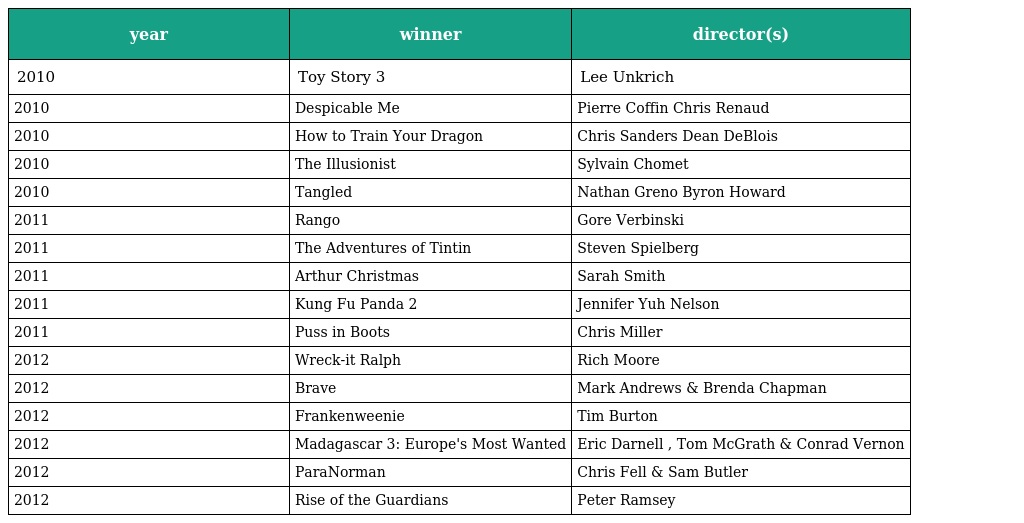
| year | winner | director(s) |
 | --- | --- | --- |
 | 2010 | Toy Story 3 | Lee Unkrich |
 | 2010 | Despicable Me | Pierre Coffin Chris Renaud |
 | 2010 | How to Train Your Dragon | Chris Sanders Dean DeBlois |
 | 2010 | The Illusionist | Sylvain Chomet |
 | 2010 | Tangled | Nathan Greno Byron Howard |
 | 2011 | Rango | Gore Verbinski |
 | 2011 | The Adventures of Tintin | Steven Spielberg |
 | 2011 | Arthur Christmas | Sarah Smith |
 | 2011 | Kung Fu Panda 2 | Jennifer Yuh Nelson |
 | 2011 | Puss in Boots | Chris Miller |
 | 2012 | Wreck-it Ralph | Rich Moore |
 | 2012 | Brave | Mark Andrews & Brenda Chapman |
 | 2012 | Frankenweenie | Tim Burton |
 | 2012 | Madagascar 3: Europe's Most Wanted | Eric Darnell , Tom McGrath & Conrad Vernon |
 | 2012 | ParaNorman | Chris Fell & Sam Butler |
 | 2012 | Rise of the Guardians | Peter Ramsey |